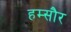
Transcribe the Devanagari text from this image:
हम्सौर